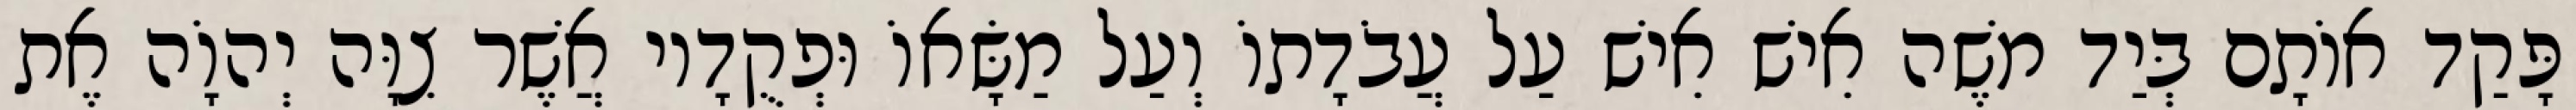
פָּקַד אוֹתָם בְּיַד משֶׁה אִישׁ אִישׁ עַל עֲבֹדָתוֹ וְעַל מַשָּׂאוֹ וּפְקֻדָיו אֲשֶׁר צִוָּה יְהוָֹה אֶת